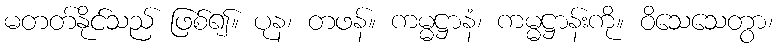
မတတ်နိုင်သည် ဖြစ်၍။ ပုန၊ တဖန်။ ကမ္မဋ္ဌာနံ၊ ကမ္မဋ္ဌာန်းကို။ ဝိသေသေတွာ၊